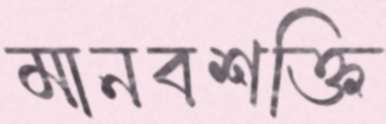
মানবশক্তি